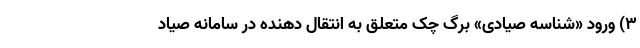
۳) ورود «شناسه صیادی» برگ چک متعلق به انتقال دهنده در سامانه صیاد